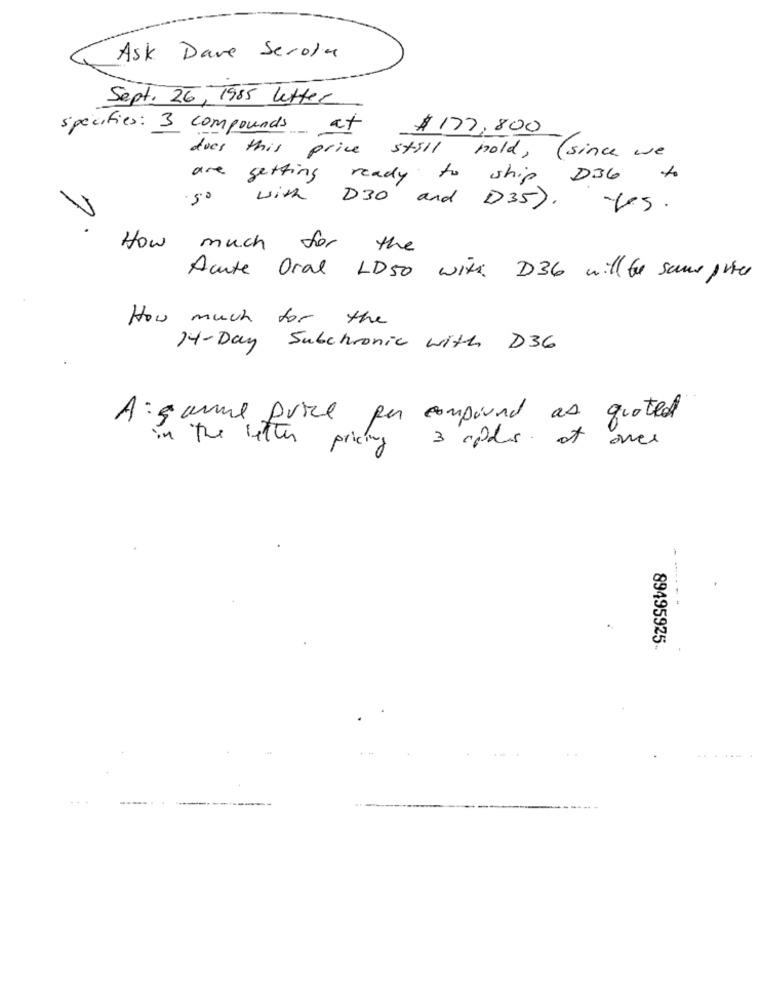
Ask Dave Serola
Sept. 26, 1985 letter
specifies: 3 compounds at
$177,800
does this price still hold , ( since we
are getting
ready to ship
D36 to
50
with D30 and D35).
tes.
How much for
the
Acute Oral LD50 with D36 will be same price
How much for the
14-Day Subchronic with D36
A game price per compound as quoted
ones
in the filter pricing 3 opdes of
89495925-
£